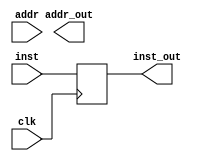
module ifid(clk, addr, inst, addr_out, inst_out);
	// init inputs
	input clk;
	input [7:0] addr;
	input [31:0] inst;

	// init outputs
	output reg [7:0] addr_out;
	output reg [31:0] inst_out;

always@(posedge clk)
begin

	// assign outputs to corresponding inputs
    inst_out = inst;
    addr = addr_out;

end

endmodule